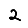
Digit: 2